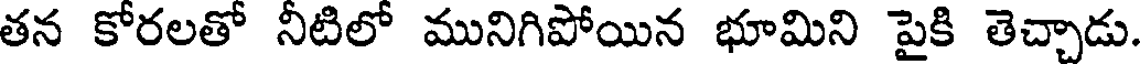
తన కోరలతో నీటిలో మునిగిపోయిన భూమిని పైకి తెచ్చాడు.